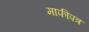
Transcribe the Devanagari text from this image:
माफीपत्र